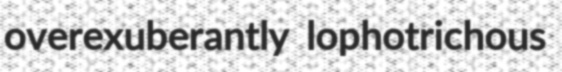
overexuberantly lophotrichous